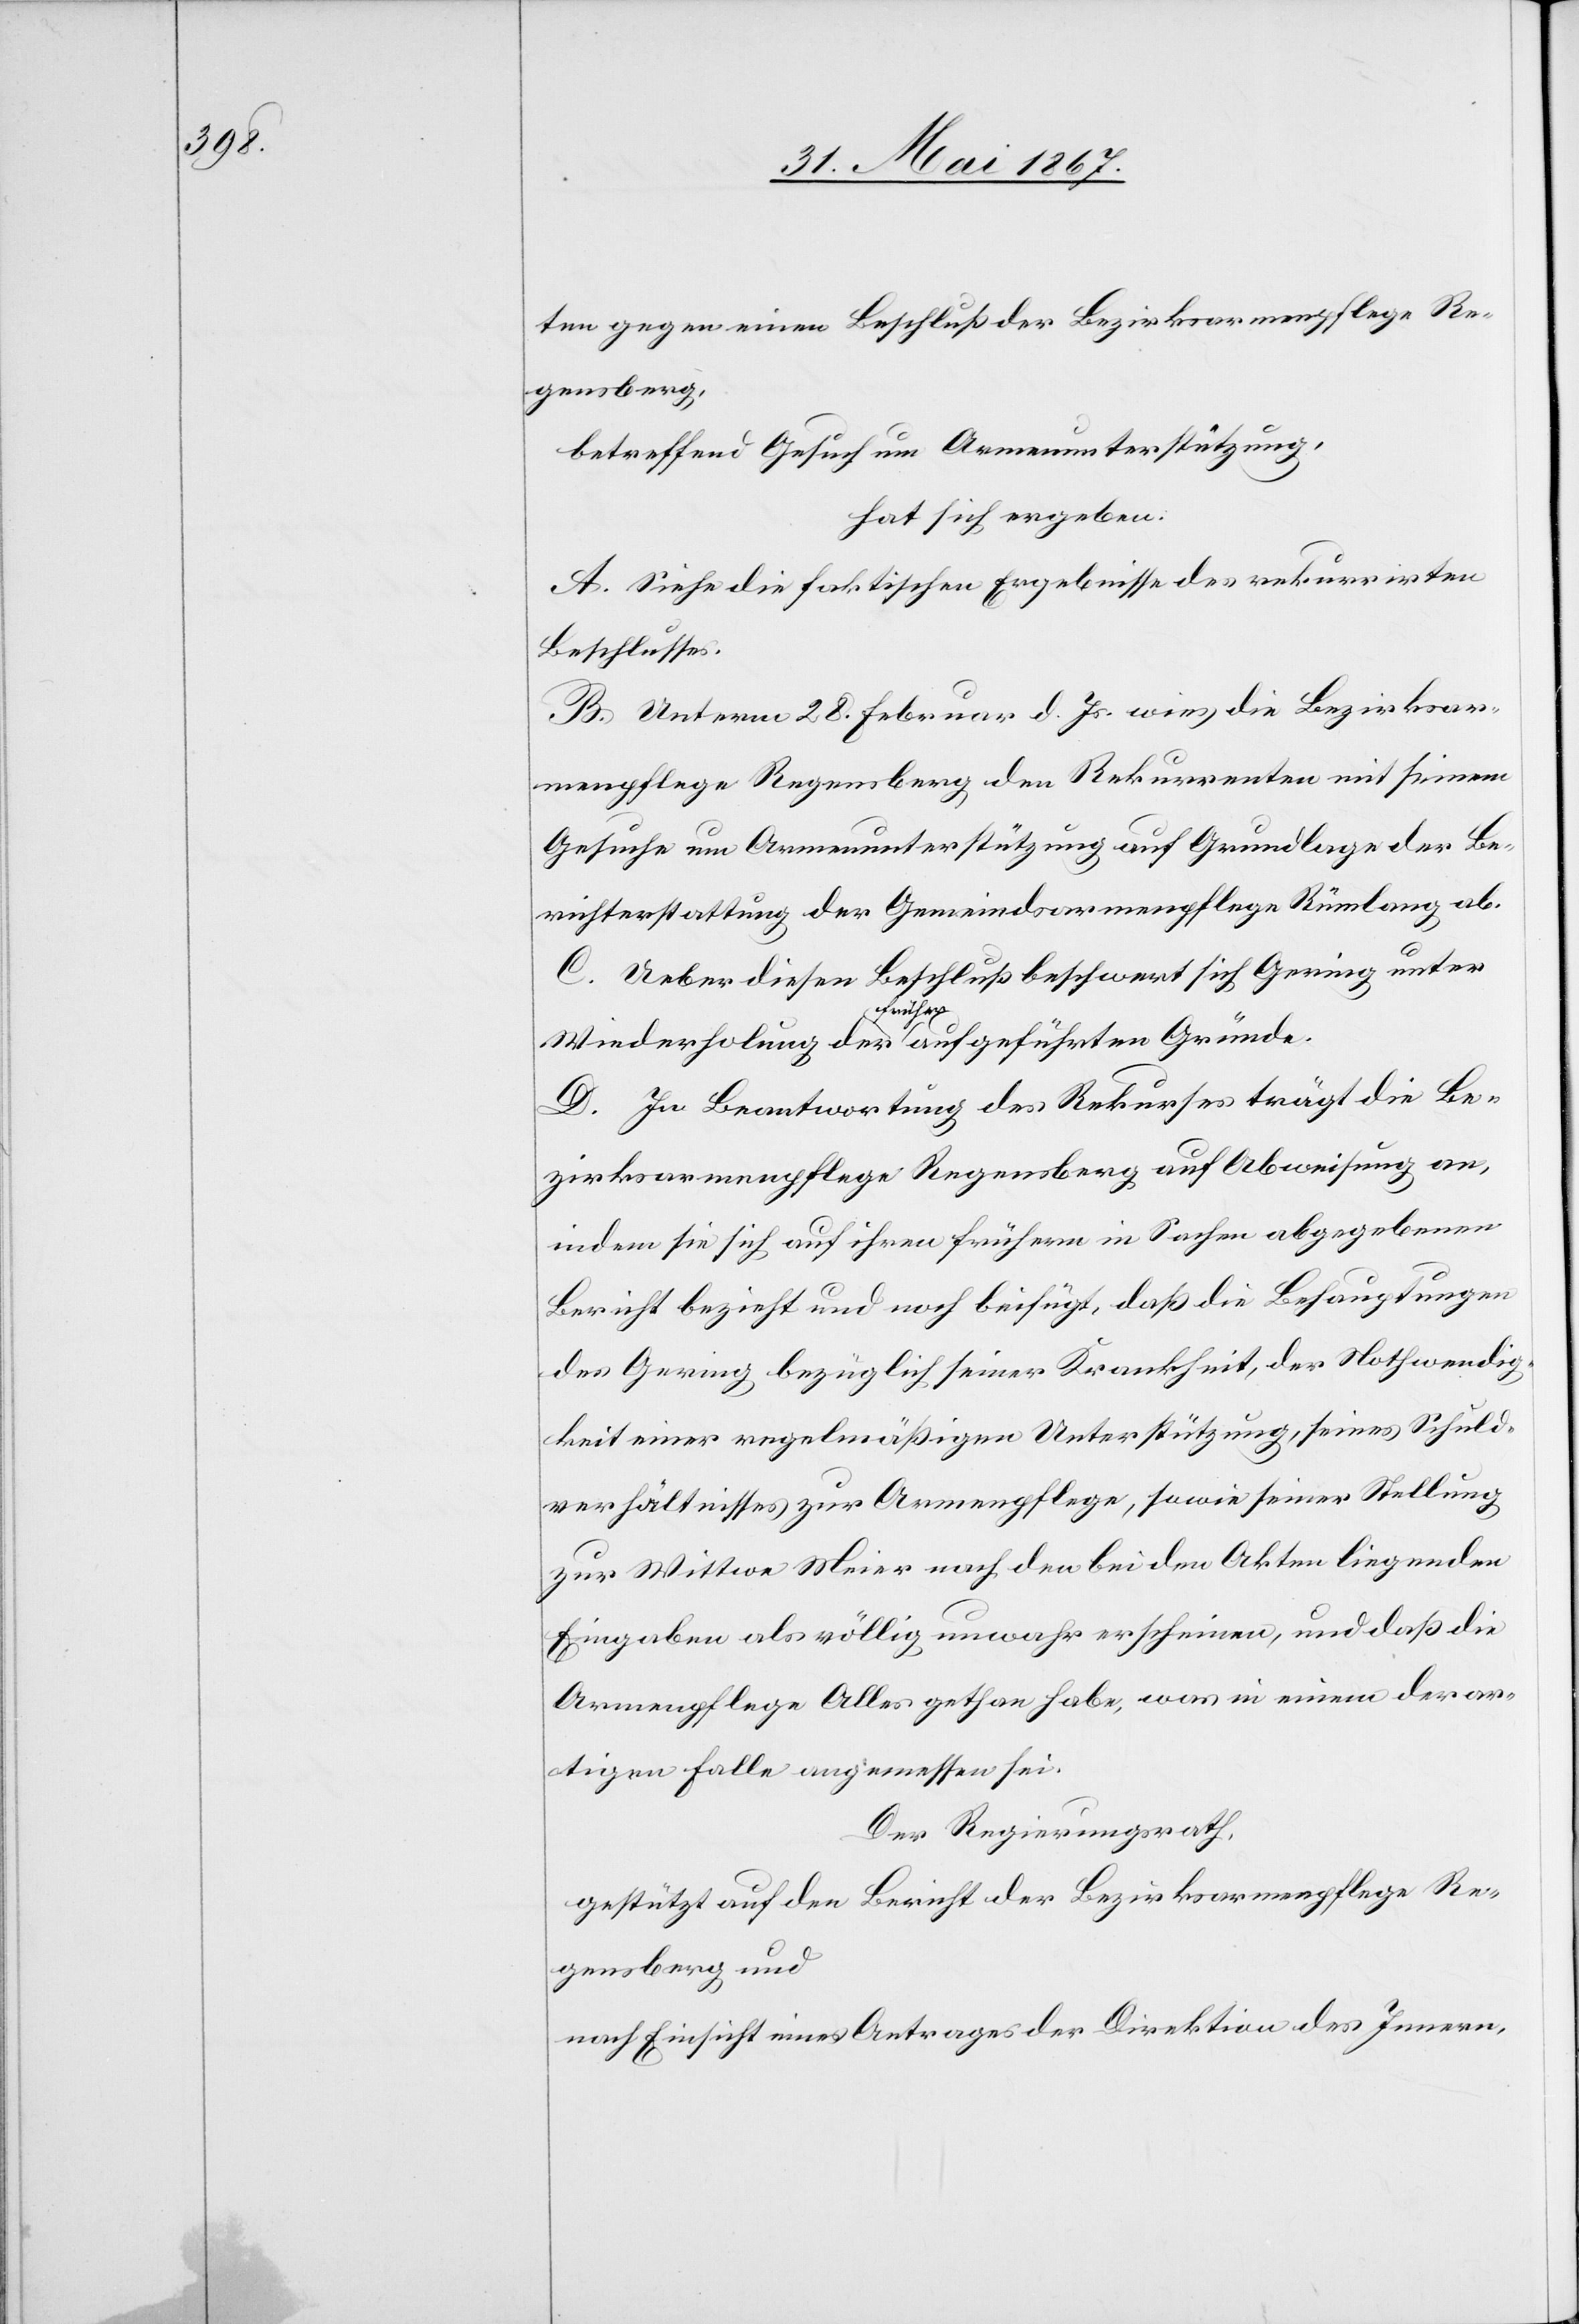
ten gegen einen Beschluß der Bezirksarmenpflege Re¬
gensberg,
betreffend Gesuch um Armenunterstützung,
hat sich ergeben:
A. Siehe die faktischen Ergebnisse des rekurrirten
Beschlusses.
B. Unterm 28. Februar d. Js. wies die Bezirksar¬
menpflege Regensberg den Rekurrenten mit seinem
Gesuche um Armenunterstützung auf Grundlage der Be¬
richterstattung der Gemeindsarmenpflege Rümlang ab.
C. Ueber diesen Beschluß beschwert sich Geering unter
Wiederholung der früher aufgeführten Gründe.
D. In Beantwortung des Rekurses trägt die Be¬
zirksarmenpflege Regensberg auf Abweisung an,
indem sie sich auf ihren früheren in Sachen abgegebenen
Bericht bezieht und noch beifügt, daß die Behauptungen
des Geering bezüglich seiner Krankheit, der Nothwendig¬
keit einer regelmäßigen Unterstützung, seines Schuld¬
verhältnisses zur Armenpflege, sowie seiner Stellung
zur Wittwe Meier nach den bei den Akten liegenden
Eingaben als völlig unwahr erscheinen, und daß die
Armenpflege Alles gethan habe, was in einem derar¬
tigen Falle angemessen sei.
Der Regierungsrath,
gestützt auf den Bericht der Bezirksarmenpflege Re¬
gensberg und
nach Einsicht eines Antrages der Direktion des Innern,